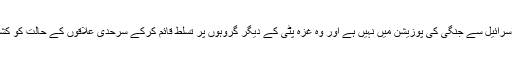
غزہ کی سخت صورتحال کے باوجود حماس، اسرائیل سے جنگی کی پوزیشن میں نہیں ہے اور وہ غزہ پٹی کے ديگر گروہوں پر تسلط قائم کرکے سرحدی علاقوں کے حالت کو کشیدہ ہونے سے روکنے کی کوشش کررہی ہے۔